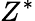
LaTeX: Z^{*}